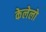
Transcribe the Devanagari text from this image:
केलेलो